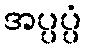
အပ္ပပ္ပံ